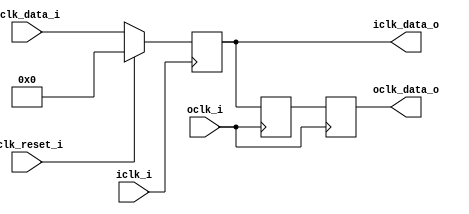


module bsg_launch_sync_sync_posedge_8_unit
(
  iclk_i,
  iclk_reset_i,
  oclk_i,
  iclk_data_i,
  iclk_data_o,
  oclk_data_o
);

  input [7:0] iclk_data_i;
  output [7:0] iclk_data_o;
  output [7:0] oclk_data_o;
  input iclk_i;
  input iclk_reset_i;
  input oclk_i;
  wire N0,N1,N2,N3,N4,N5,N6,N7,N8,N9,N10;
  reg [7:0] iclk_data_o,bsg_SYNC_1_r,oclk_data_o;
  assign { N10, N9, N8, N7, N6, N5, N4, N3 } = (N0)? { 1'b0, 1'b0, 1'b0, 1'b0, 1'b0, 1'b0, 1'b0, 1'b0 } : 
                                               (N1)? iclk_data_i : 1'b0;
  assign N0 = iclk_reset_i;
  assign N1 = N2;
  assign N2 = ~iclk_reset_i;

  always @(posedge iclk_i) begin
    if(1'b1) begin
      { iclk_data_o[7:0] } <= { N10, N9, N8, N7, N6, N5, N4, N3 };
    end 
  end


  always @(posedge oclk_i) begin
    if(1'b1) begin
      { bsg_SYNC_1_r[7:0] } <= { iclk_data_o[7:0] };
      { oclk_data_o[7:0] } <= { bsg_SYNC_1_r[7:0] };
    end 
  end


endmodule



module bsg_launch_sync_sync_width_p32
(
  iclk_i,
  iclk_reset_i,
  oclk_i,
  iclk_data_i,
  iclk_data_o,
  oclk_data_o
);

  input [31:0] iclk_data_i;
  output [31:0] iclk_data_o;
  output [31:0] oclk_data_o;
  input iclk_i;
  input iclk_reset_i;
  input oclk_i;
  wire [31:0] iclk_data_o,oclk_data_o;

  bsg_launch_sync_sync_posedge_8_unit
  sync_p_maxb_0__blss
  (
    .iclk_i(iclk_i),
    .iclk_reset_i(iclk_reset_i),
    .oclk_i(oclk_i),
    .iclk_data_i(iclk_data_i[7:0]),
    .iclk_data_o(iclk_data_o[7:0]),
    .oclk_data_o(oclk_data_o[7:0])
  );


  bsg_launch_sync_sync_posedge_8_unit
  sync_p_maxb_1__blss
  (
    .iclk_i(iclk_i),
    .iclk_reset_i(iclk_reset_i),
    .oclk_i(oclk_i),
    .iclk_data_i(iclk_data_i[15:8]),
    .iclk_data_o(iclk_data_o[15:8]),
    .oclk_data_o(oclk_data_o[15:8])
  );


  bsg_launch_sync_sync_posedge_8_unit
  sync_p_maxb_2__blss
  (
    .iclk_i(iclk_i),
    .iclk_reset_i(iclk_reset_i),
    .oclk_i(oclk_i),
    .iclk_data_i(iclk_data_i[23:16]),
    .iclk_data_o(iclk_data_o[23:16]),
    .oclk_data_o(oclk_data_o[23:16])
  );


  bsg_launch_sync_sync_posedge_8_unit
  sync_p_maxb_3__blss
  (
    .iclk_i(iclk_i),
    .iclk_reset_i(iclk_reset_i),
    .oclk_i(oclk_i),
    .iclk_data_i(iclk_data_i[31:24]),
    .iclk_data_o(iclk_data_o[31:24]),
    .oclk_data_o(oclk_data_o[31:24])
  );


endmodule